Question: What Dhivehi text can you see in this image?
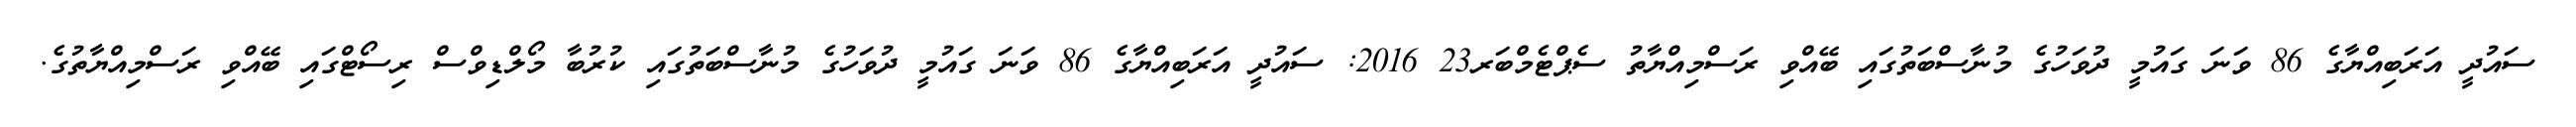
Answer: ސައުދީ އަރަބިއްޔާގެ 86 ވަނަ ގައުމީ ދުވަހުގެ މުނާސްބަތުގައި ބޭއްވި ރަސްމިއްޔާތު ސެޕްޓެމްބަރ23 2016: ސައުދީ އަރަބިއްޔާގެ 86 ވަނަ ގައުމީ ދުވަހުގެ މުނާސްބަތުގައި ކުރުބާ މޯލްޑިވްސް ރިސޯޓްގައި ބޭއްވި ރަސްމިއްޔާތުގެ.